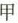
甲